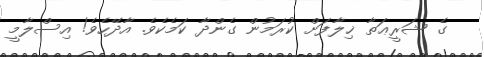
ގެ ޝަރީޢަތާ ޚިލާފަށް ކުރަމުން ގެންދާ ކަމެކެވެ. އާދޭހެވެ! އިސްލާމީ